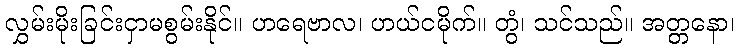
လွှမ်းမိုးခြင်းငှာမစွမ်းနိုင်။ ဟရေဗာလ၊ ဟယ်ငမိုက်။ တွံ၊ သင်သည်။ အတ္တနော၊